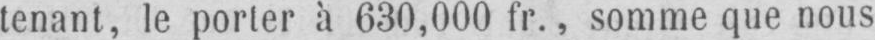
tenant, le porter à 630,000 fr., somme que nous